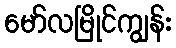
မော်လမြိုင်ကျွန်း